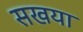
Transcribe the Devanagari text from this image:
सखया